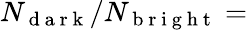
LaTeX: N_{\mathrm{~d~a~r~k~}}/N_{\mathrm{~b~r~i~g~h~t~}}=